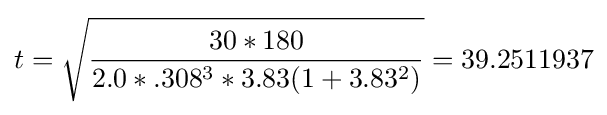
t={\sqrt {\frac {30*180}{2.0*.308^{3}*3.83(1+3.83^{2})}}}=39.2511937